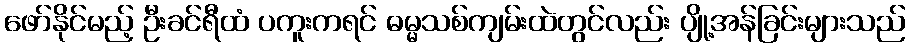
ဖော်နိုင်မည့် ဦးခင်ရီထံ ပကူးကရင် ဓမ္မသစ်ကျမ်းထဲတွင်လည်း ပျို့အန်ခြင်းများသည်